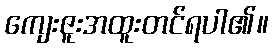
ကျေးဇူးအထူးတင်ရပါ၏။